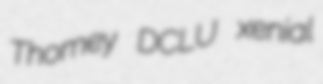
Thomey DCLU xenial